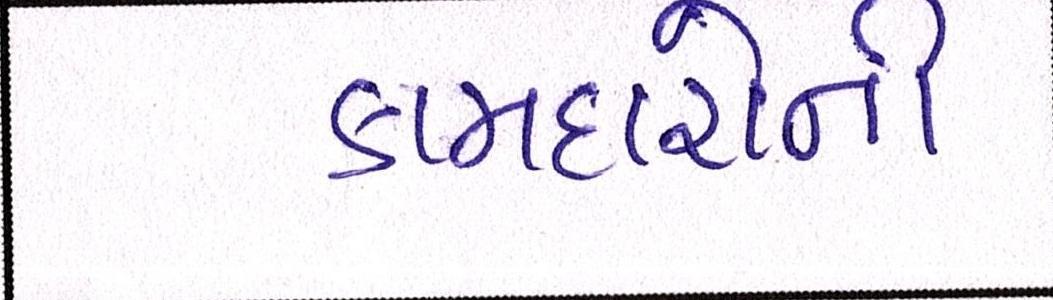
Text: કામદારોની